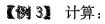
【例3】计算：